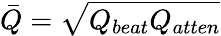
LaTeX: \bar{Q}=\sqrt{Q_{beat}Q_{atten}}